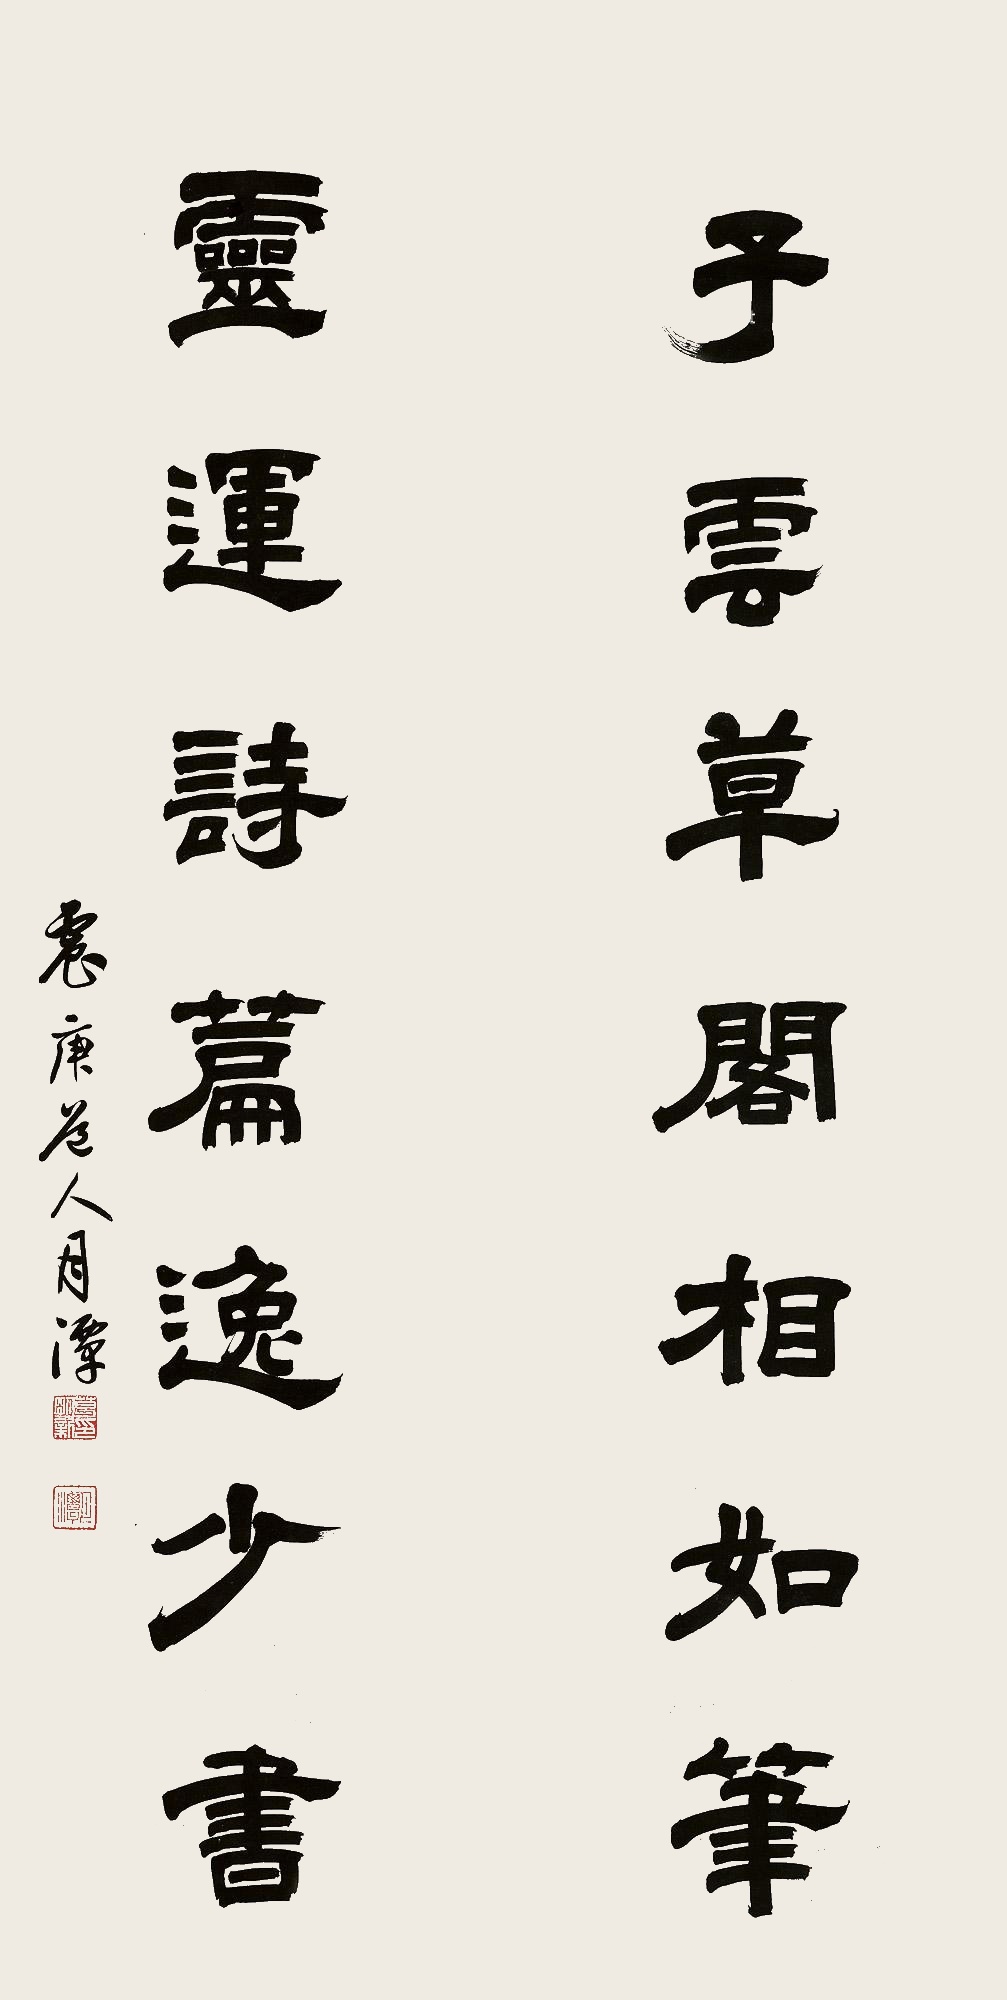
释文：子云草阁相如笔，灵运诗篇逸少书。震庚道人月潭。